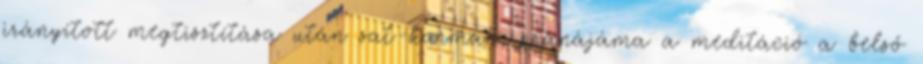
irányított megtisztítása után sat-karman, pránájáma a meditáció a belső